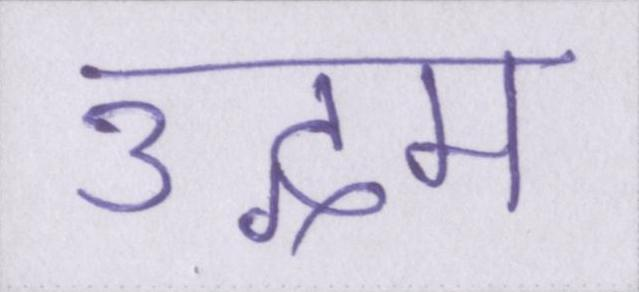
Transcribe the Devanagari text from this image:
उद्गम